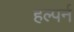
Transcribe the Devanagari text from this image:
हल्पर्न